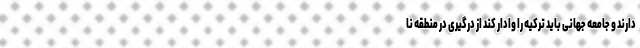
دارند و جامعه جهانی باید ترکیه را وادار کند از درگیری در منطقه نا